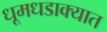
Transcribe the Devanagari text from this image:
धूमधडाक्यात